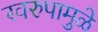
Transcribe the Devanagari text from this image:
स्वरुपामुळे